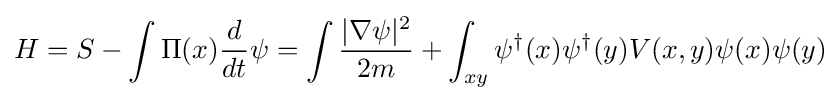
H=S-\int \Pi (x){d \over dt}\psi =\int {|\nabla \psi |^{2} \over 2m}+\int _{xy}\psi ^{\dagger }(x)\psi ^{\dagger }(y)V(x,y)\psi (x)\psi (y)